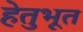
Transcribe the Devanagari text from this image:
हेतुभूत